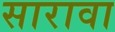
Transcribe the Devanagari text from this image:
सारावा